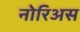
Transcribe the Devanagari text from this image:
नोरिअस